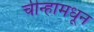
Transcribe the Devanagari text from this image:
चीन्हामधून